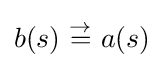
b(s)~{\overset {\rightarrow }{=}}~a(s)